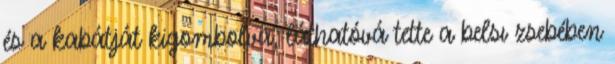
és a kabátját kigombolva, láthatóvá tette a belsı zsebében